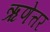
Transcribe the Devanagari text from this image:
ऋणेत्तर